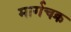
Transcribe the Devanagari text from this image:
मार्गचक्र